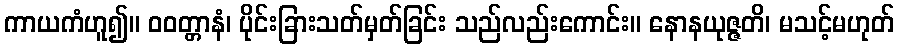
ကာယကံဟူ၍။ ဝဝတ္တာနံ၊ ပိုင်းခြားသတ်မှတ်ခြင်း သည်လည်းကောင်း။ နောနယုဇ္ဇတိ၊ မသင့်မဟုတ်